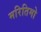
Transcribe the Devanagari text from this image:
मरितिमो